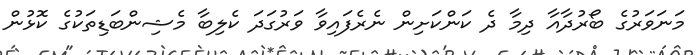
މަނަވަރުގެ ބޯރުދާއާ ދިމާ ދެ ކަންކަށިން ނެރެފައިވާ ވަރުގަދަ ކެލިބާ މެޝިންބަޑިތަކުގެ ކޮޅުން